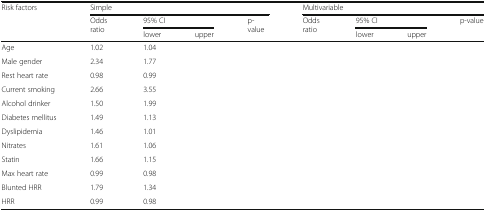
<table><thead><tr><td rowspan="3"><b>Risk factors</b></td><td colspan="4"><b>Simple</b></td><td colspan="4"><b>Multivariable</b></td></tr><tr><td rowspan="2"><b>Odds ratio</b></td><td colspan="2"><b>95% CI</b></td><td rowspan="2"><b>p-value</b></td><td rowspan="2"><b>Odds ratio</b></td><td colspan="2"><b>95% CI</b></td><td rowspan="2"><b>p-value</b></td></tr><tr><td><b>lower</b></td><td><b>upper</b></td><td><b>lower</b></td><td><b>upper</b></td></tr></thead><tbody><tr><td>Age</td><td>1.02</td><td>1.04</td><td>[EMPTY_CELL]</td><td>[EMPTY_CELL]</td><td>[EMPTY_CELL]</td><td>[EMPTY_CELL]</td><td>[EMPTY_CELL]</td><td>[EMPTY_CELL]</td></tr><tr><td>Male gender</td><td>2.34</td><td>1.77</td><td>[EMPTY_CELL]</td><td>[EMPTY_CELL]</td><td>[EMPTY_CELL]</td><td>[EMPTY_CELL]</td><td>[EMPTY_CELL]</td><td>[EMPTY_CELL]</td></tr><tr><td>Rest heart rate</td><td>0.98</td><td>0.99</td><td>[EMPTY_CELL]</td><td>[EMPTY_CELL]</td><td>[EMPTY_CELL]</td><td>[EMPTY_CELL]</td><td>[EMPTY_CELL]</td><td>[EMPTY_CELL]</td></tr><tr><td>Current smoking</td><td>2.66</td><td>3.55</td><td>[EMPTY_CELL]</td><td>[EMPTY_CELL]</td><td>[EMPTY_CELL]</td><td>[EMPTY_CELL]</td><td>[EMPTY_CELL]</td><td>[EMPTY_CELL]</td></tr><tr><td>Alcohol drinker</td><td>1.50</td><td>1.99</td><td>[EMPTY_CELL]</td><td>[EMPTY_CELL]</td><td>[EMPTY_CELL]</td><td>[EMPTY_CELL]</td><td>[EMPTY_CELL]</td><td>[EMPTY_CELL]</td></tr><tr><td>Diabetes mellitus</td><td>1.49</td><td>1.13</td><td>[EMPTY_CELL]</td><td>[EMPTY_CELL]</td><td>[EMPTY_CELL]</td><td>[EMPTY_CELL]</td><td>[EMPTY_CELL]</td><td>[EMPTY_CELL]</td></tr><tr><td>Dyslipidemia</td><td>1.46</td><td>1.01</td><td>[EMPTY_CELL]</td><td>[EMPTY_CELL]</td><td>[EMPTY_CELL]</td><td>[EMPTY_CELL]</td><td>[EMPTY_CELL]</td><td>[EMPTY_CELL]</td></tr><tr><td>Nitrates</td><td>1.61</td><td>1.06</td><td>[EMPTY_CELL]</td><td>[EMPTY_CELL]</td><td>[EMPTY_CELL]</td><td>[EMPTY_CELL]</td><td>[EMPTY_CELL]</td><td>[EMPTY_CELL]</td></tr><tr><td>Statin</td><td>1.66</td><td>1.15</td><td>[EMPTY_CELL]</td><td>[EMPTY_CELL]</td><td>[EMPTY_CELL]</td><td>[EMPTY_CELL]</td><td>[EMPTY_CELL]</td><td>[EMPTY_CELL]</td></tr><tr><td>Max heart rate</td><td>0.99</td><td>0.98</td><td>[EMPTY_CELL]</td><td>[EMPTY_CELL]</td><td>[EMPTY_CELL]</td><td>[EMPTY_CELL]</td><td>[EMPTY_CELL]</td><td>[EMPTY_CELL]</td></tr><tr><td>Blunted HRR</td><td>1.79</td><td>1.34</td><td>[EMPTY_CELL]</td><td>[EMPTY_CELL]</td><td>[EMPTY_CELL]</td><td>[EMPTY_CELL]</td><td>[EMPTY_CELL]</td><td>[EMPTY_CELL]</td></tr><tr><td>HRR</td><td>0.99</td><td>0.98</td><td>[EMPTY_CELL]</td><td>[EMPTY_CELL]</td><td>[EMPTY_CELL]</td><td>[EMPTY_CELL]</td><td>[EMPTY_CELL]</td><td>[EMPTY_CELL]</td></tr></tbody></table>